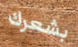
بشعرك